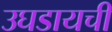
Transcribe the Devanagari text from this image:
उघडायची